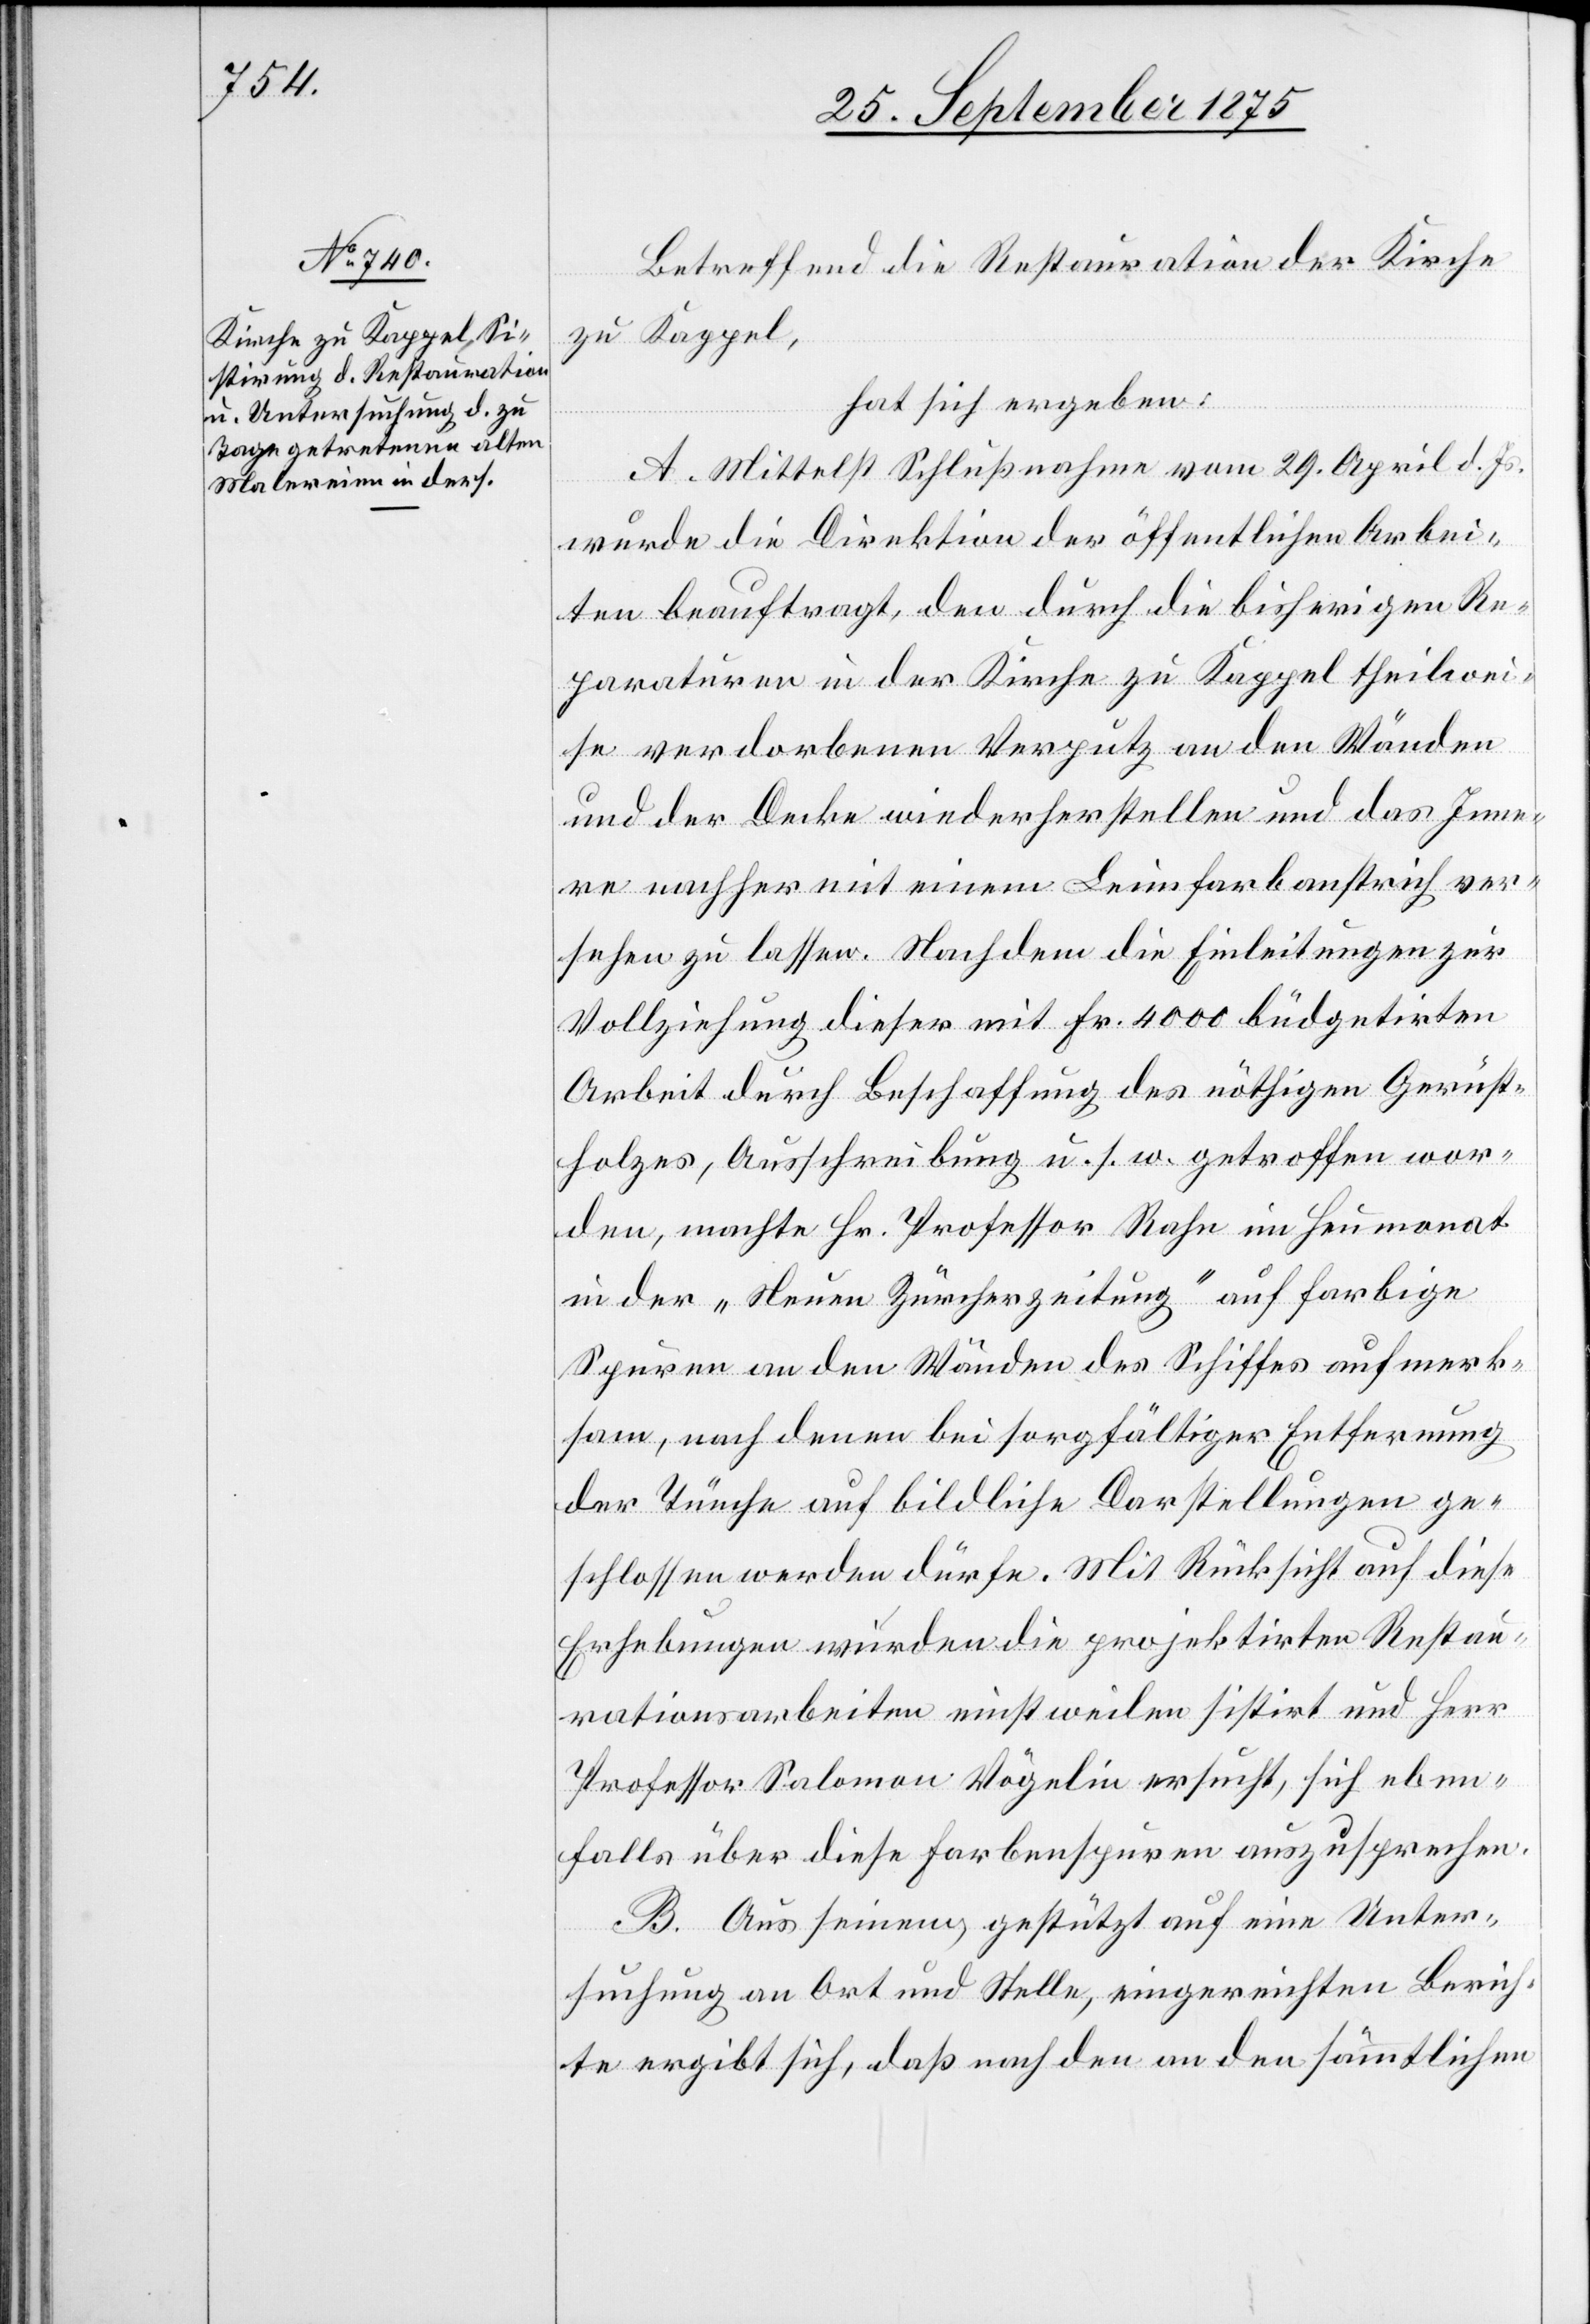
Betreffend die Restauration der Kirche
zu Kappel,
hat sich ergeben:
A. Mittelst Schlußnahme vom 29. April d. Js.
wurde die Direktion der öffentlichen Arbei¬
ten beauftragt, den durch die bisherigen Re¬
paraturen in der Kirche zu Kappel theilwei¬
se verdorbenen Verputz an den Wänden
und der Decke wiederherstellen und das Inne¬
re nachher mit einem Leimfarbanstrich ver¬
sehen zu lassen. Nachdem die Einleitungen zur
Vollziehung dieser mit Fr. 4000 büdgetirten
Arbeit durch Beschaffung des nöthigen Gerüst¬
holzes, Ausschreibung u. s. w. getroffen wor¬
den, machte Hr. Professor Rahn im Heumonat
in der „Neuen Zürcherzeitung“ auf farbige
Spuren an den Wänden des Schiffes aufmerk¬
sam, nach denen bei sorgfältiger Entfernung
der Tünche auf bildliche Darstellungen ge¬
schlossen werden dürfe. Mit Rücksicht auf diese
Erhebungen wurden die projektirten Restau¬
rationsarbeiten einstweilen sistirt und Herr
Professor Salomon Vögelin ersucht, sich eben¬
falls über diese Farbenspuren auszusprechen.
B. Aus seinem, gestützt auf eine Unter¬
suchung an Ort und Stelle, eingereichten Berich¬
te ergibt sich, daß nach den an den sämmtlichen